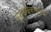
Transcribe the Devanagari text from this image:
सुमुखश्चैकदन्तश्च